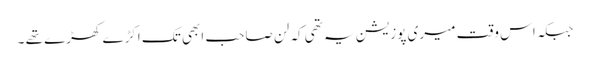
جبکہ اس وقت میری پوزیشن یہ تھی کہ لن صاحب ابھی تک اکڑے کھڑے تھے ۔